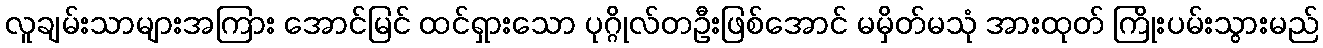
လူချမ်းသာများအကြား အောင်မြင် ထင်ရှားသော ပုဂ္ဂိုလ်တဦးဖြစ်အောင် မမှိတ်မသုံ အားထုတ် ကြိုးပမ်းသွားမည်